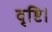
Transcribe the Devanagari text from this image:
वृष्टि।